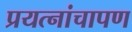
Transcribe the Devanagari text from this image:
प्रयत्नांचापण